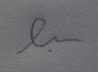
Signature authenticity: forged